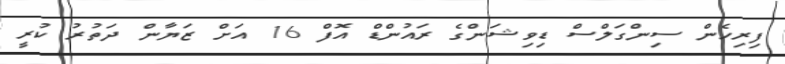
ފިރިހެން ސިންގަލްސް ޑިވިޝަންގެ ރައުންޑް އޮފް 16 އަށް ޒަޔާން ދަތުރު ކުރީ